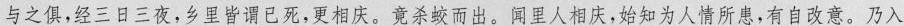
与之俱，经三日三夜，乡里皆谓已死，更相庆。竟杀蛟而出。闻里人相庆，始知为人情所患，有自改意。乃入